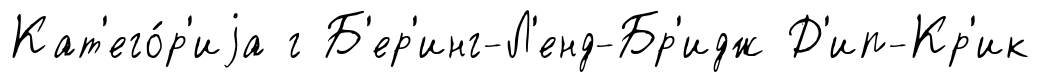
Кат'его́р'иjа г Б'ер'инг-Л'енд-Бр'идж Д'ип-Кр'ик